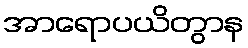
အာရောပယိတွာန